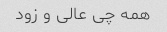
همه چی عالی و زود